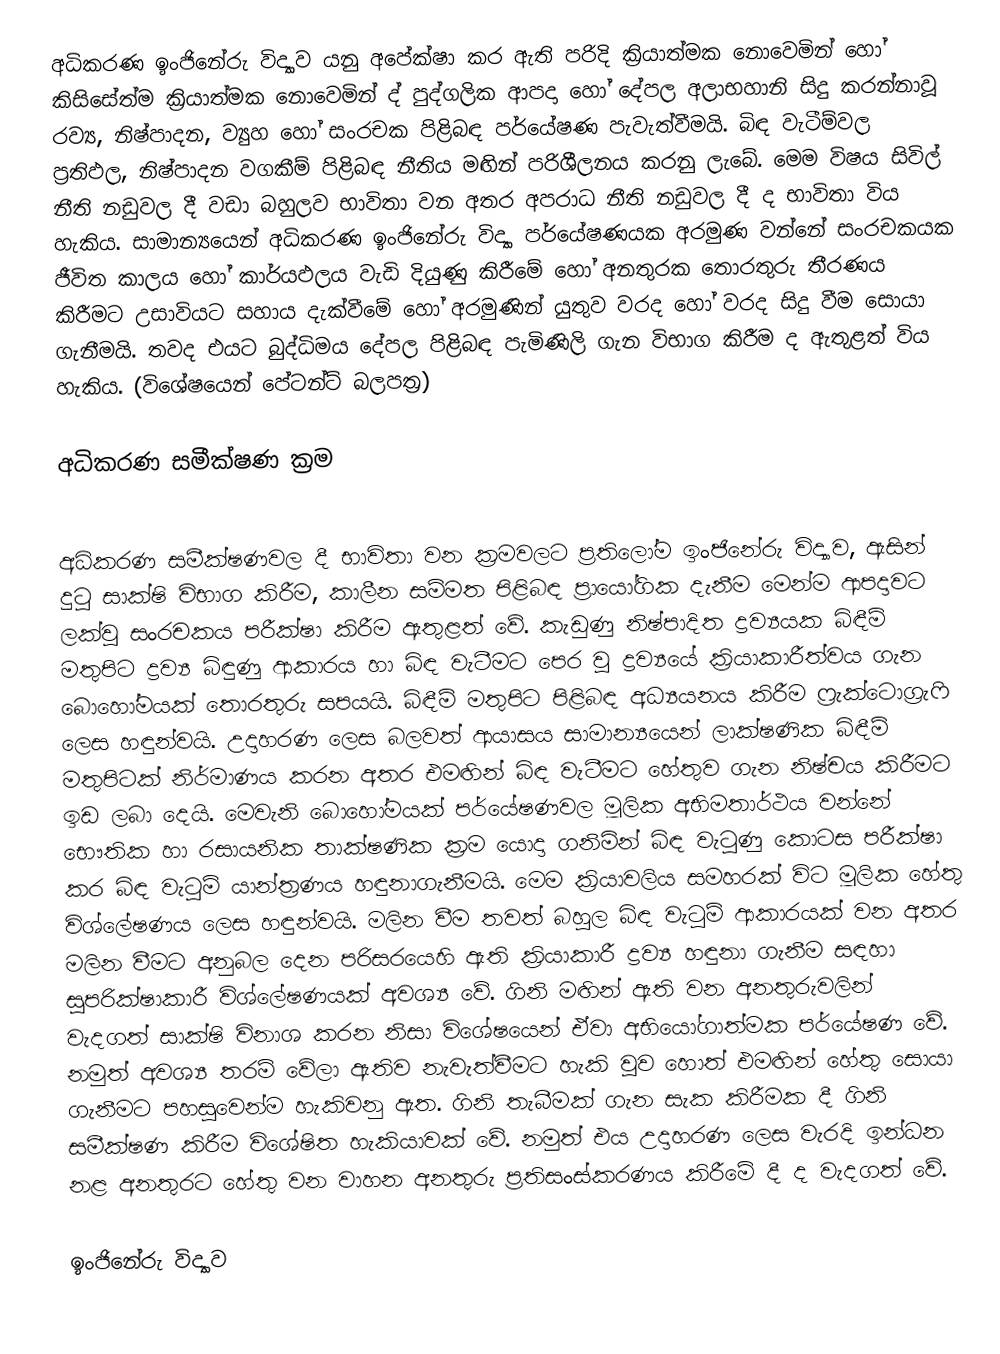
අධිකරණ ඉංජිනේරු විද්‍යාව යනු අපේක්ෂා කර ඇති පරිදි ක්‍රියාත්මක නොවෙමින් හෝ කිසිසේත්ම ක්‍රියාත්මක නොවෙමින් ද්‍ පුද්ගලික ආපදා හෝ දේපල අලාභහානි සිදු කරන්නාවූ රව්‍ය, නිෂ්පාදන, ව්‍යුහ හෝ සංරචක පිළිබඳ පර්යේෂණ පැවැත්වීමයි. බිඳ වැටීම්වල ප්‍රතිඵල, නිෂ්පාදන වගකීම් පිළිබඳ නීතිය මඟින් පරිශීලනය කරනු ලැබේ. මෙම විෂය සිවිල් නීති නඩුවල දී වඩා බහුලව භාවිතා වන අතර අපරාධ නීති නඩුවල දී ද භාවිතා විය හැකිය. සාමාන්‍යයෙන් අධිකරණ ඉංජිනේරු විද්‍යා පර්යේෂණයක අරමුණ වන්නේ සංරචකයක ජීවිත කාලය හෝ කාර්යඵලය වැඩි දියුණු කිරීමේ හෝ අනතුරක තොරතුරු තීරණය කිරීමට උසාවියට සහාය දැක්වීමේ හෝ අරමුණින් යුතුව වරද හෝ වරද සිදු වීම සොයා ගැනීමයි. තවද එයට බුද්ධිමය දේපල පිළිබඳ පැමිණිලි ගැන විභාග කිරීම ද ඇතුළත් විය හැකිය. (විශේෂයෙන් පේටන්ට් බලපත්‍ර)

අධිකරණ සමීක්ෂණ ක්‍රම

අධිකරණ සමීක්ෂණවල දී භාවිතා වන ක්‍රමවලට ප්‍රතිලෝම ඉංජිනේරු විද්‍යාව, ඇසින් දුටු සාක්ෂි විභාග කිරීම, කාලීන සම්මත පිළිබඳ ප්‍රායෝගික දැනීම මෙන්ම ආපදාවට ලක්වූ සංරචකය පරීක්ෂා කිරීම ඇතුළත් වේ. කැඩුණු නිෂ්පාදිත ද්‍රව්‍යයක බිඳීම් මතුපිට ද්‍රව්‍ය බිඳුණු ආකාරය හා බිඳ වැටීමට පෙර වූ ද්‍රව්‍යයේ ක්‍රියාකාරීත්වය ගැන බොහෝමයක් තොරතුරු සපයයි. බිඳීම් මතුපිට පිළිබඳ අධ්‍යයනය කිරීම ෆ්‍රැක්ටොග්‍රැෆි ලෙස හඳුන්වයි. උදාහරණ ලෙස බලවත් ආයාසය සාමාන්‍යයෙන් ලාක්ෂණික බිඳීම් මතුපිටක් නිර්මාණය කරන අතර එමඟින් බිඳ වැටීමට හේතුව ගැන නිෂ්චය කිරීමට ඉඩ ලබා දෙයි. මෙවැනි බොහෝමයක් පර්යේෂණවල මූලික අභිමතාර්ථය වන්නේ භෞතික හා රසායනික තාක්ෂණික ක්‍රම යොදා ගනිමින් බිඳ වැටුණු කොටස පරීක්ෂා කර බිඳ වැටුම් යාන්ත්‍රණය හඳුනාගැනීමයි. මෙම ක්‍රියාවලිය සමහරක් විට මූලික හේතු විශ්ලේෂණය ලෙස හඳුන්වයි. මලින වීම තවත් බහුල බිඳ වැටුම් ආකාරයක් වන අතර මලින වීමට අනුබල දෙන පරිසරයෙහි ඇති ක්‍රියාකාරී ද්‍රව්‍ය හඳුනා ගැනීම සඳහා සුපරික්ෂාකාරී විශ්ලේෂණයක් අවශ්‍ය වේ. ගිනි මඟින් ඇති වන අනතුරුවලින් වැදගත් සාක්ෂි විනාශ කරන නිසා විශේෂයෙන් ඒවා අභියෝගාත්මක පර්යේෂණ වේ. නමුත් අවශ්‍ය තරම් වේලා ඇතිව නැවැත්වීමට හැකි වුව හොත් එමඟින් හේතු සොයා ගැනීමට පහසුවෙන්ම හැකිවනු ඇත. ගිනි තැබීමක් ගැන සැක කිරීමක දී ගිනි සමීක්ෂණ කිරීම විශේෂිත හැකියාවක් වේ. නමුත් එය උදාහරණ ලෙස වැරදි ඉන්ධන නළ අනතුරට හේතු වන වාහන අනතුරු ප්‍රතිසංස්කරණය කිරීමේ දී ද වැදගත් වේ.

 ඉංජිනේරු විද්‍යාව